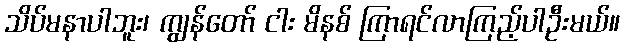
သိပ်မနာပါဘူး၊ ကျွန်တော် ငါး မိနစ် ကြာရင်လာကြည့်ပါဦးမယ်။